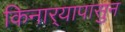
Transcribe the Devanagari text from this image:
किनार्‍यापासुन